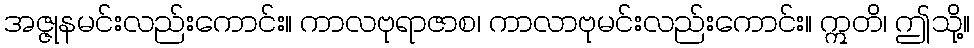
အဇ္ဇုနမင်းလည်းကောင်း။ ကာလဗုရာဇာစ၊ ကာလာဗုမင်းလည်းကောင်း။ ဣတိ၊ ဤသို့။